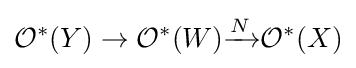
{\mathcal {O}}^{*}(Y)\to {\mathcal {O}}^{*}(W){\xrightarrow {N}}{\mathcal {O}}^{*}(X)